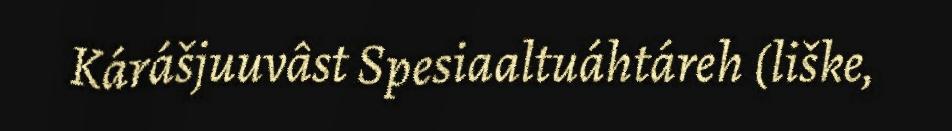
Kárášjuuvâst Spesiaaltuáhtáreh (liške,